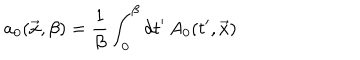
a _ { 0 } ( \vec { x } , \beta ) = { \frac { 1 } { \beta } } \int _ { 0 } ^ { \beta } d t ^ { \prime } \, A _ { 0 } ( t ^ { \prime } , \vec { x } )